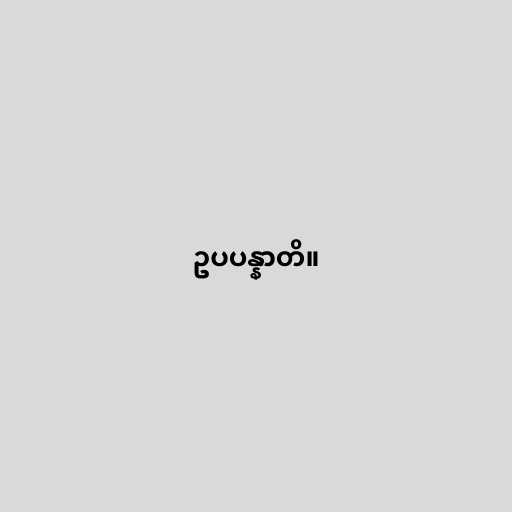
ဥပပန္နာတိ။